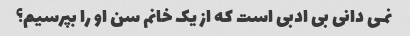
نمی دانی بی ادبی است که از یک خانم سن او را بپرسیم؟